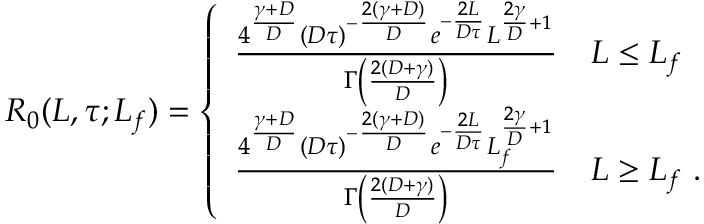
\begin{array} { r } { R _ { 0 } ( L , \tau ; L _ { f } ) = \left\{ \begin{array} { l l } { \frac { 4 ^ { \frac { \gamma + D } { D } } ( D \tau ) ^ { - \frac { 2 ( \gamma + D ) } { D } } e ^ { - \frac { 2 L } { D \tau } } L ^ { \frac { 2 \gamma } { D } + 1 } } { \Gamma \left( \frac { 2 ( D + \gamma ) } { D } \right) } } & { L \le L _ { f } } \\ { \frac { 4 ^ { \frac { \gamma + D } { D } } ( D \tau ) ^ { - \frac { 2 ( \gamma + D ) } { D } } e ^ { - \frac { 2 L } { D \tau } } L _ { f } ^ { \frac { 2 \gamma } { D } + 1 } } { \Gamma \left( \frac { 2 ( D + \gamma ) } { D } \right) } } & { L \ge L _ { f } \ . } \end{array} \right. } \end{array}